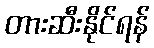
တားဆီးနိုင်ရန်